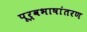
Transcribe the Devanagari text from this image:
पूर्वभाषांतरण